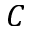
C